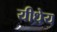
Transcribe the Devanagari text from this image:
यीधेय